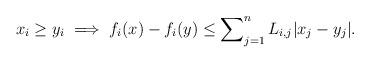
LaTeX: \begin{align*}x_i \geq y_i \implies f_i(x) - f_i(y) \leq \sum_{j=1}^n\nolimits L_{i,j}|x_j-y_j|.\end{align*}